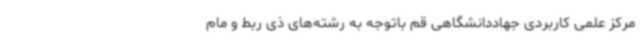
مرکز علمی کاربردی جهاددانشگاهی قم باتوجه به رشته‌های ذی ربط و مام